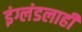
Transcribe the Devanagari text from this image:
इंग्लंडलाही